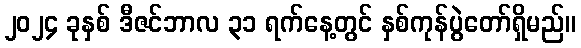
၂၀၂၄ ခုနှစ် ဒီဇင်ဘာလ ၃၁ ရက်နေ့တွင် နှစ်ကုန်ပွဲတော်ရှိမည်။